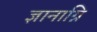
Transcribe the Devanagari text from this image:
ज्ञानाग्नि